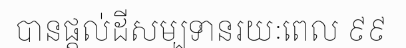
បានផ្តល់ដីសម្បទានរយៈពេល ៩៩